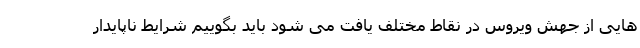
هایی از جهش ویروس در نقاط مختلف یافت می شود باید بگوییم شرایط ناپایدار